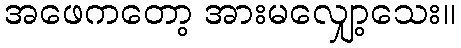
အဖေကတော့ အားမလျှော့သေး။